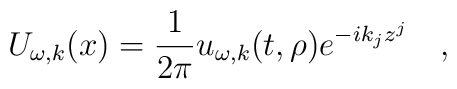
U_{\omega,k}(x)={1 \over 2\pi} u_{\omega,k}(t,\rho)e^{-ik_jz^j} ~~~,